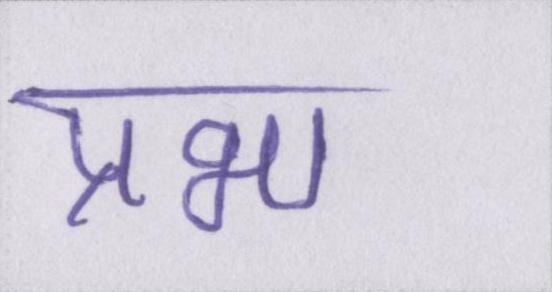
प्रभा